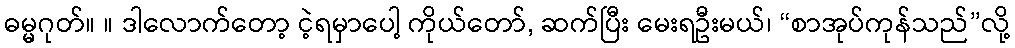
ဓမ္မဂုတ်။ ။ ဒါလောက်တော့ ငဲ့ရမှာပေါ့ ကိုယ်တော်, ဆက်ပြီး မေးရဦးမယ်၊ “စာအုပ်ကုန်သည်”လို့